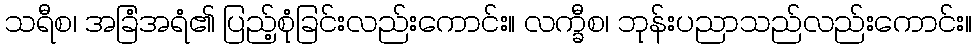
သရီစ၊ အခြံအရံ၏ ပြည့်စုံခြင်းလည်းကောင်း။ လက္ခီစ၊ ဘုန်းပညာသည်လည်းကောင်း။